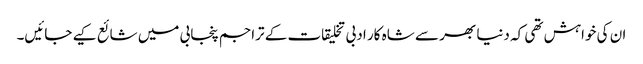
ان کی خواہش تھی کہ دنیا بھر سے شاہ کار ادبی تخلیقات کے تراجم پنجابی میں شائع کیے جائیں۔